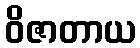
ဝိဇာတာယ